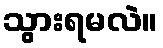
သွားရမလဲ။